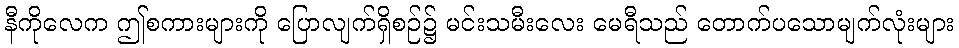
နီကိုလေက ဤစကားများကို ပြောလျက်ရှိစဉ်၌ မင်းသမီးလေး မေရီသည် တောက်ပသောမျက်လုံးများ